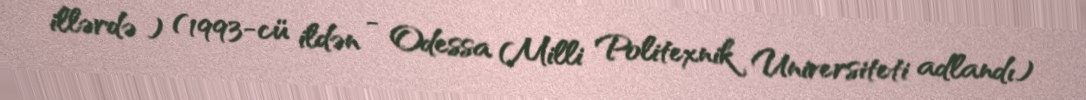
illərdə ) (1993-cü ildən - Odessa Milli Politexnik Universiteti adlandı)